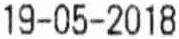
19-05-2018